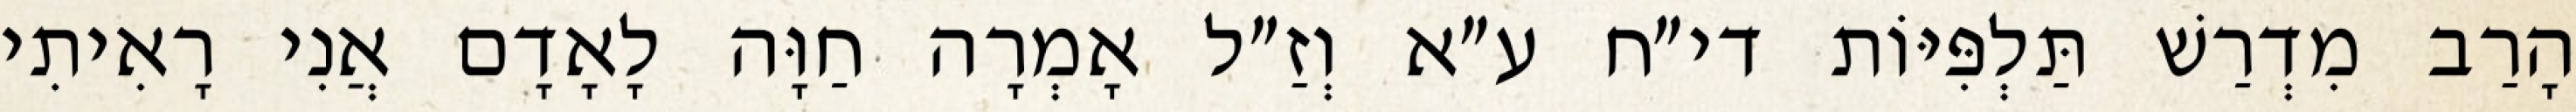
הָרַב מִדְרַשׁ תַּלְפִּיּוֹת די״ח ע״א וְזַ״ל אָמְרָה חַוָּה לָאָדָם אֲנִי רָאִיתִי